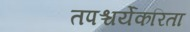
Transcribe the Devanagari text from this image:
तपश्चर्येकरिता